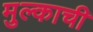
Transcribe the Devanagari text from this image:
मुल्काची